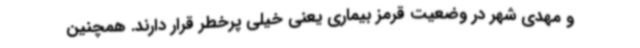
و مهدی شهر در وضعیت قرمز بیماری یعنی خیلی پرخطر قرار دارند. همچنین